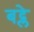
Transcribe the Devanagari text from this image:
बद्ले